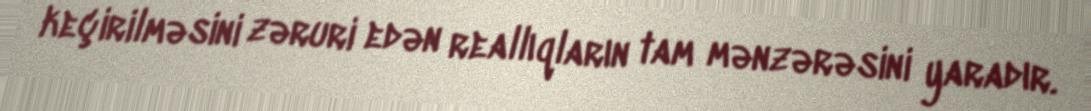
keçirilməsini zəruri edən reallıqların tam mənzərəsini yaradır.